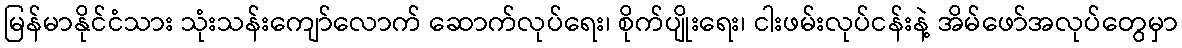
မြန်မာနိုင်ငံသား သုံးသန်းကျော်လောက် ဆောက်လုပ်ရေး၊ စိုက်ပျိုးရေး၊ ငါးဖမ်းလုပ်ငန်းနဲ့ အိမ်ဖော်အလုပ်တွေမှာ